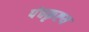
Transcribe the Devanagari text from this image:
पंचकृष्टय